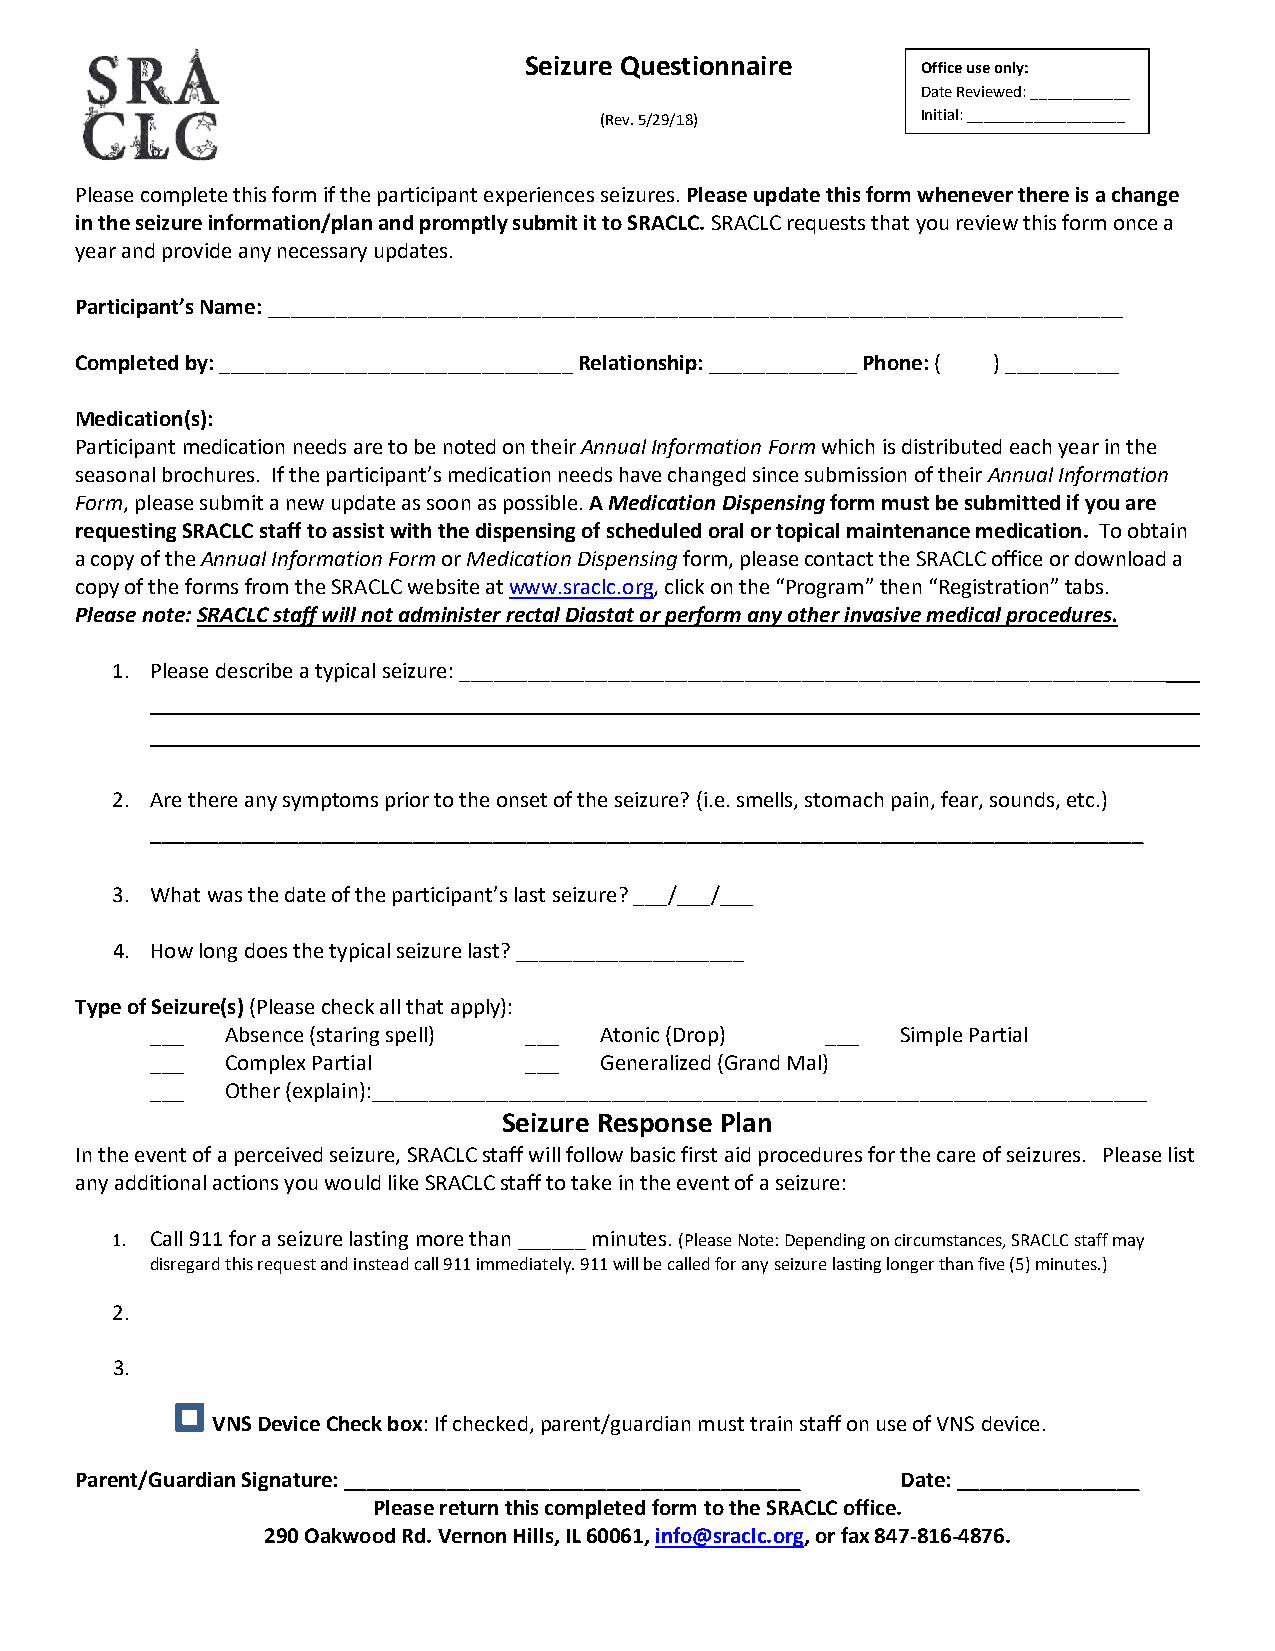
Seizure Questionnaire     Office use only:
 Date Reviewed:____________
 (Rev. 5/29/18)       Initial:___________________
 Please complete this form if the participant experiences seizures. Please update this form whenever there is a change
 in the seizure information/plan and promptly submit it to SRACLC. SRACLC requests that you review this form once a
 year and provide any necessary updates.
 Participant’s Name: ___________________________________________________________________________
 Completed by: _______________________________ Relationship: _____________ Phone: ( ) __________
 Medication(s):
 Participant medication needs are to be noted on their Annual Information Form which is distributed each year in the
 seasonal brochures. If the participant’s medication needs have changed since submission of their Annual Information
 Form, please submit a new update as soon as possible. A Medication Dispensing form must be submitted if you are
 requesting SRACLC staff to assist with the dispensing of scheduled oral or topical maintenance medication. To obtain
 a copy of the Annual Information Form or Medication Dispensing form, please contact the SRACLC office or download a
 copy of the forms from the SRACLC website at www.sraclc.org, click on the “Program” then “Registration” tabs.
 Please note: SRACLC staff will not administer rectal Diastat or perform any other invasive medical procedures.
 1. Please describe a typical seizure:______________________________________________________________
 2. Are there any symptoms prior to the onset of the seizure? (i.e. smells, stomach pain, fear, sounds, etc.)
 _______________________________________________________________________________________
 3. What was the date of the participant’s last seizure? ___/___/___
 4. How long does the typical seizure last?____________________
 Type of Seizure(s) (Please check all that apply):
 ___  Absence (staring spell) ___ Atonic (Drop) ___ Simple Partial
 ___  Complex Partial     ___  Generalized (Grand Mal)
 ___  Other (explain):____________________________________________________________________
 Seizure Response Plan
 In the event of a perceived seizure, SRACLC staff will follow basic first aid procedures for the care of seizures. Please list
 any additional actions you would like SRACLC staff to take in the event of a seizure:
 1. Call 911 for a seizure lasting more than ______minutes. (Please Note: Depending on circumstances, SRACLC staff may
 disregard this request and instead call 911 immediately. 911 will be called for any seizure lasting longer than five (5) minutes.)
 2.
 3.
 VNS Device Check box: If checked, parent/guardian must train staff on use of VNS device.
 Parent/Guardian Signature: ________________________________________ Date: ________________
 Please return this completed form to the SRACLC office.
 290 Oakwood Rd. Vernon Hills, IL 60061, info@sraclc.org, or fax 847-816-4876.